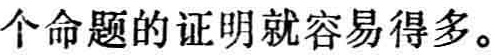
个命题的证明就容易得多。